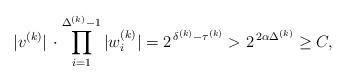
LaTeX: \begin{align*}|v^{(k)}|\,\cdot\prod_{i=1}^{\Delta^{(k)}-1}|w^{(k)}_i|= 2^{\,\delta ^{(k)}-\tau ^{(k)}}>2^{\,2\alpha\Delta^{(k)}}\ge C,\end{align*}